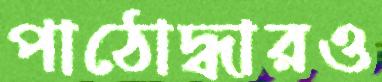
পাঠোদ্ধারও